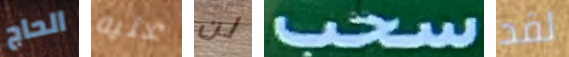
الحاج عليه لن سحب لقد